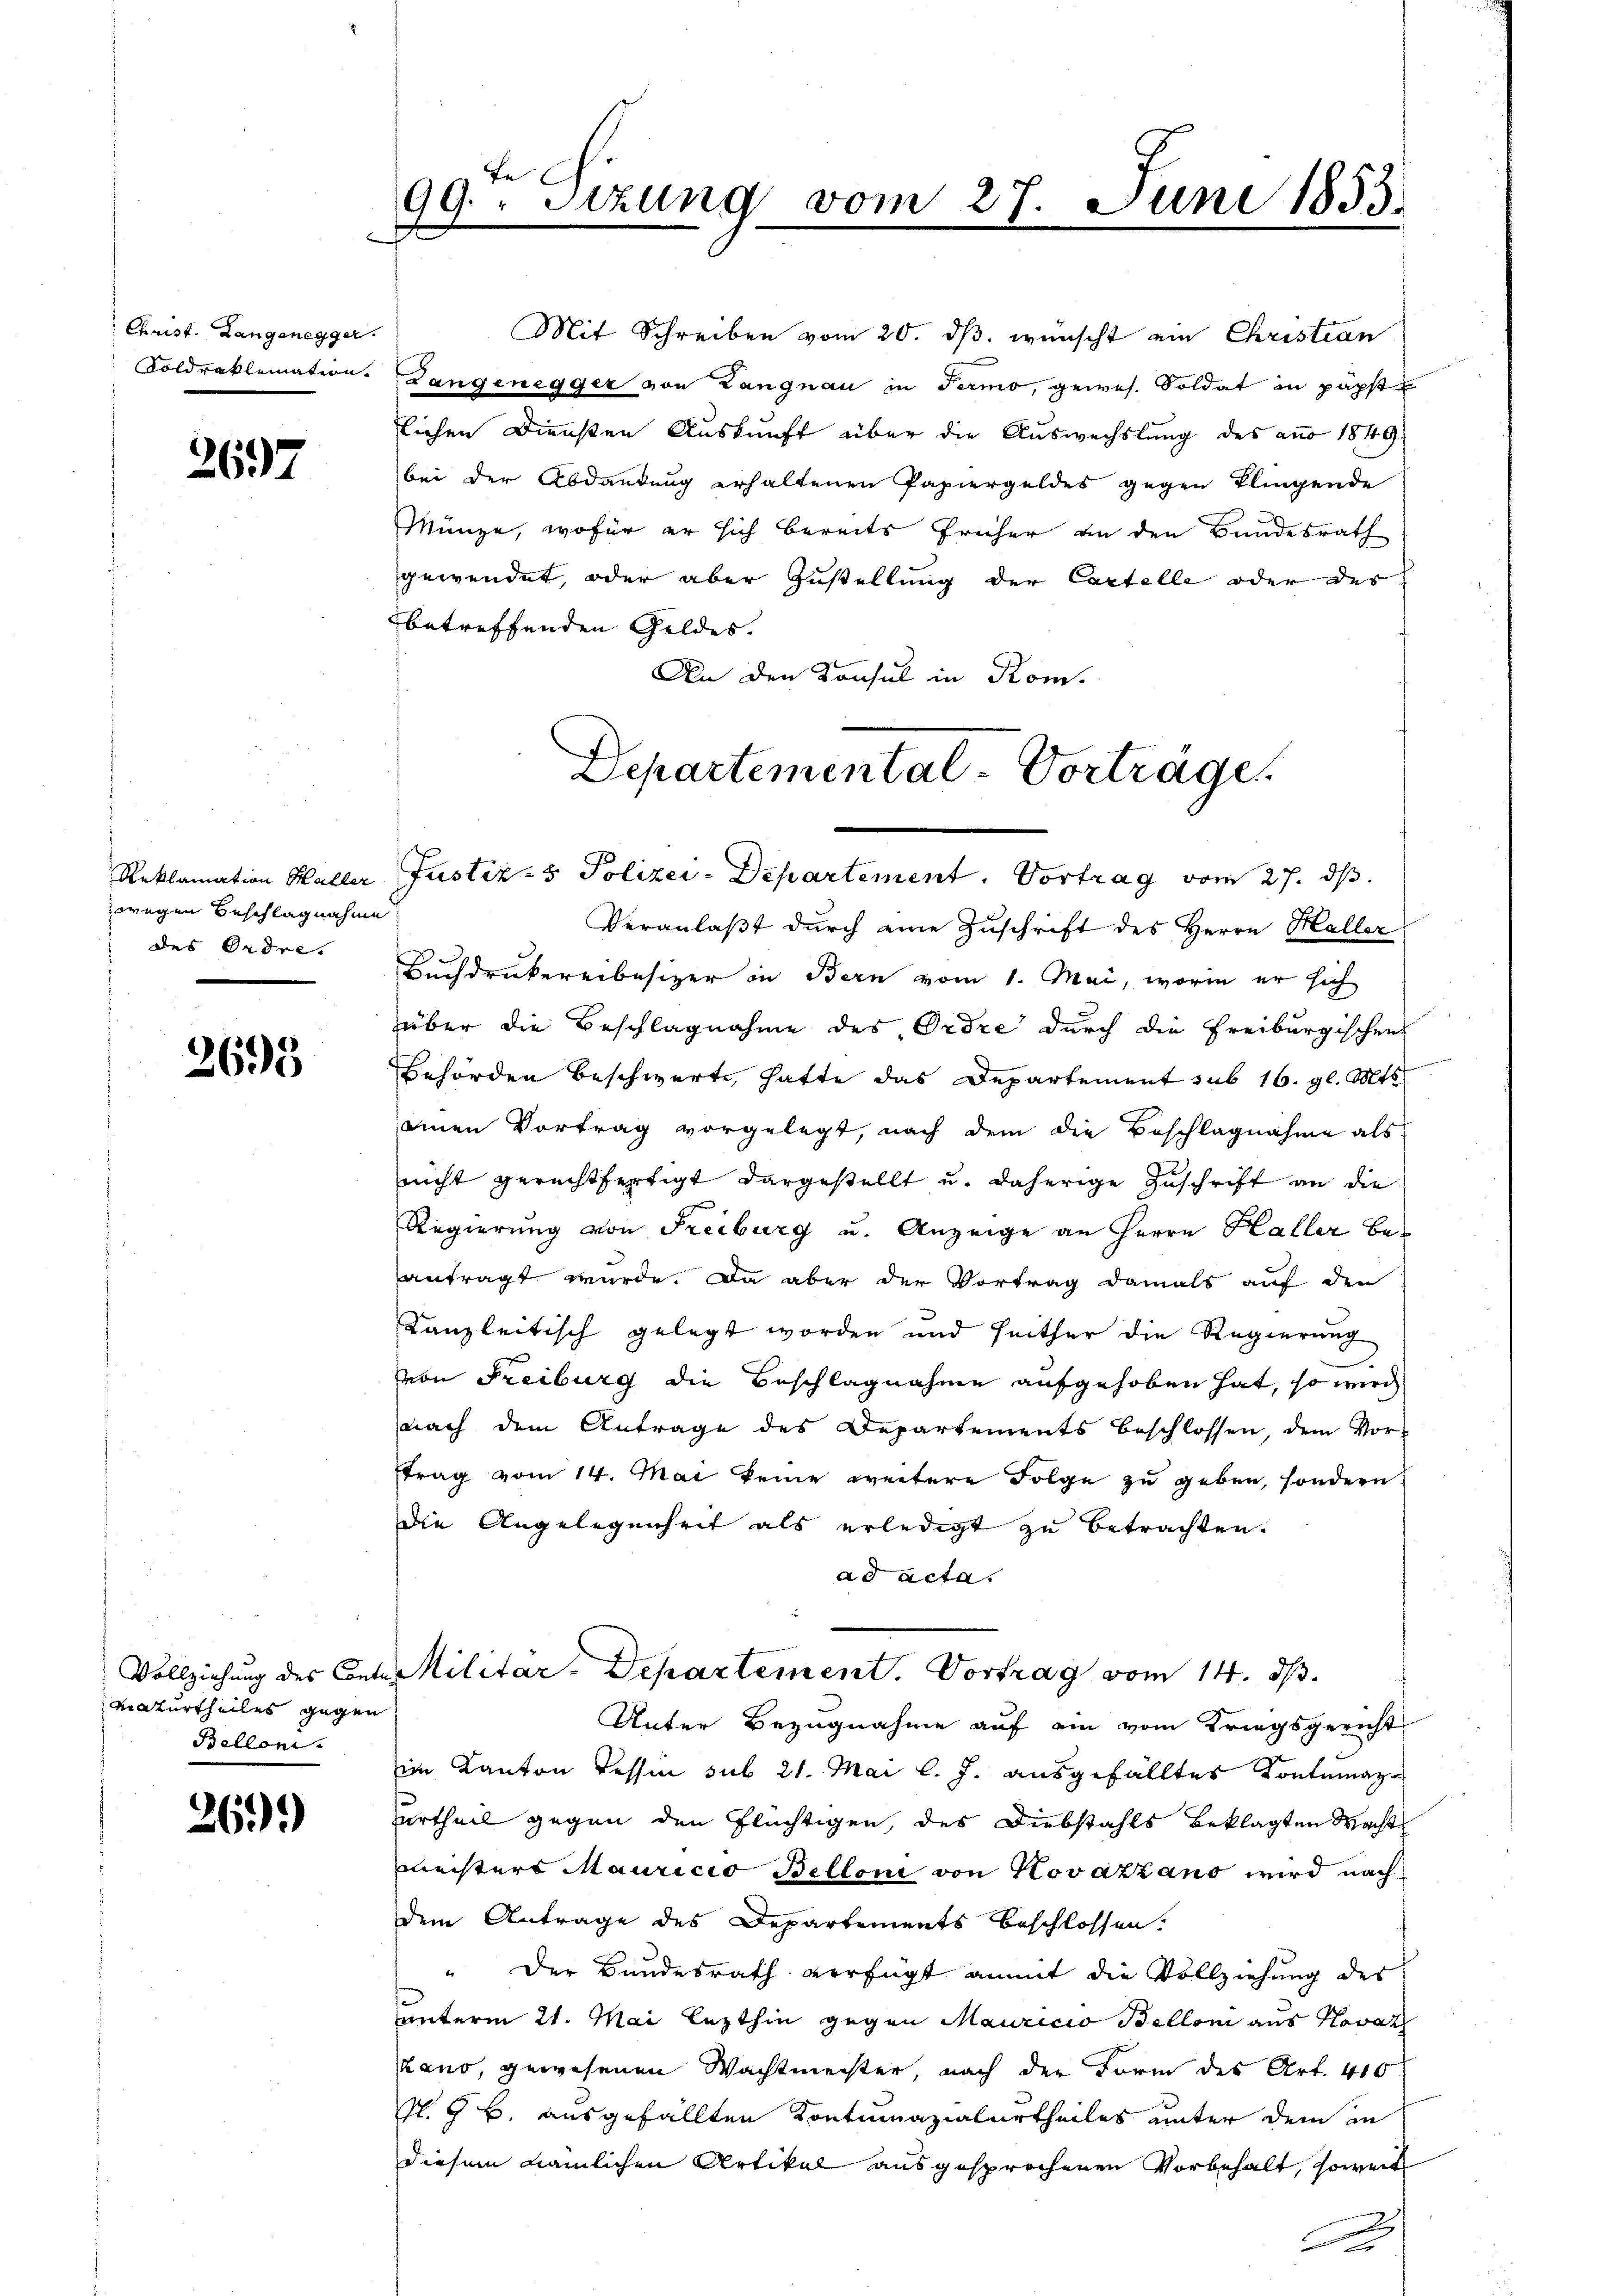
Christ. Langenegger.

2697

zwegen Beschlagnahme
des Ordre.

2693

Maturtheiles gegen
Bellen.

26.)

In
99. Sizung vom 27. Juni 1853.

Münze, wofür er sich bereits früher an den Bundesrath
gewendet, oder aber Zustellung der Cartelle oder des
betreffenden Geldes.
An den Konsul in Kom
Departemental-Vorträge

Reklamation Haller Justiz- & Polizei-Departement. Vortrag vom 27. ds.

Mit Schreiben vom 20. dβ. wünscht ein Christian
Soldraklemation. Langenegger von Langnau in Termo, gewes. Soldat in päpst
lichen Diensten Auskunft über die Auswechslung des aus 1849
bei der Abdankung erhaltenen Papiergeldes gegen Flingende

Veranlaßt durch eine Zuschrift des Herrn Haller
Buchdruckereibesizer in Bern vom 1. Mai, worin er sich
über die Beschlagnahme des Ordre durch die Freiburgischen
Behörden beschwerte, hatte das Departement sub 16. gl. Mts.
einen Vortrag vorgelegt, nach dem die Beschlagnahme als
nicht gerechtfertigt dargestellt u. daherige Zuschrift an die
Regierung von Freiburg u. Anzeige an Herrn Haller beantragt wurde. Da aber der Vortrag damals auf den
Kanzleitisch gelegt worden und seither die Regierung
von Freiburg die Beschlagnahme aufgehoben hat, so wird
nach dem Antrage des Departements beschlossen, dem Vor-
trag vom 14. Mai keine weitere Folge zu geben, sondern
die Angelegenheit als erledigt zu betrachten.
ad acta.
Vollziehung des Contes Militar-Departement. Vortrag vom 14. ds.
Unter Bezugnahme auf ein vom Kriegsgericht
im Kanton Tessin sub 21. Mai l. J. ausgefälltes Kontumazi
urtheil gegen den Flüchtigen, des Diebstahls beklagten Macht
meisters Mauricio Belloni von Kovazzano wird nach
dem Antrage des Departements beschlossen.
" Der Bundesrath verfügt anmit die Vollziehung des
unterm 21. Mai lezthin gegen Mauricio Bellon aus Novat
Lano, gewesenen Wachtmeister, nach der Form des Art. 400
N. G. B. ausgefällten Kontumazialurtheiles unter dem an
diesem nämlichen Artikal ausgesprochenen Vorbehalt, soweit
F